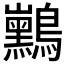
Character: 𱉃